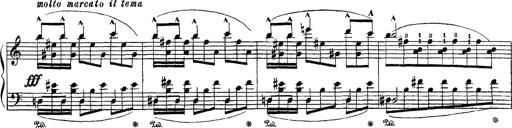
Title: Apparitions
Composer: Franz Liszt